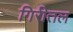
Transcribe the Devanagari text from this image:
गिरीतल